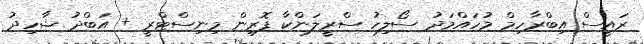
ރައީސް އިބްރާހިމް މުހައްމަދު ސޯލިހު ސްރީލަންކާ ފޮރިން މިނިސްޓްރީ + އަބްދު ޝާހިދު